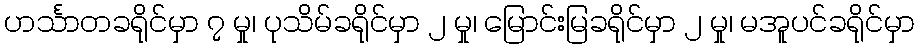
ဟင်္သာတခရိုင်မှာ ၇ မှု၊ ပုသိမ်ခရိုင်မှာ ၂ မှု၊ မြောင်းမြခရိုင်မှာ ၂ မှု၊ မအူပင်ခရိုင်မှာ